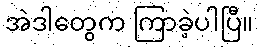
အဲဒါတွေက ကြာခဲ့ပါပြီ။